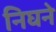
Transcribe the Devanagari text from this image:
निघने